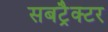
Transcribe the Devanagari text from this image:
सबट्रैक्टर